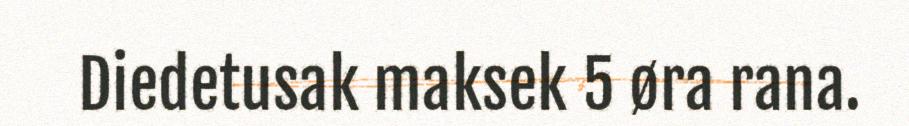
Diedetusak maksek 5 øra rana.